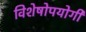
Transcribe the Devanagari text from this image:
विशेषोपयोगी